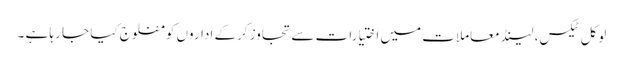
لوکل ٹیکس، لینڈ معاملات میں اختیارات سے تجاوز کرکے اداروں کو مفلوج کیا جا رہا ہے ۔